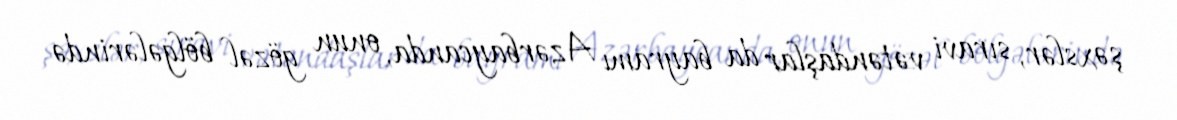
şəxslər, sıravi vətəndaşlar da bayramı Azərbaycanda, onun gözəl bölgələrində